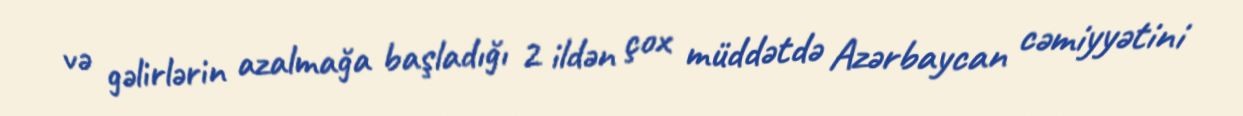
və gəlirlərin azalmağa başladığı 2 ildən çox müddətdə Azərbaycan cəmiyyətini